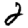
Digit: 2